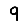
Digit: 9